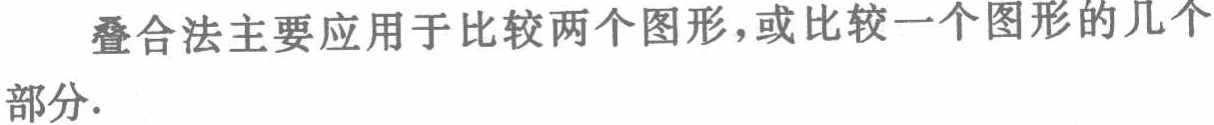
叠合法主要应用于比较两个图形，或比较一个图形的几个部分.